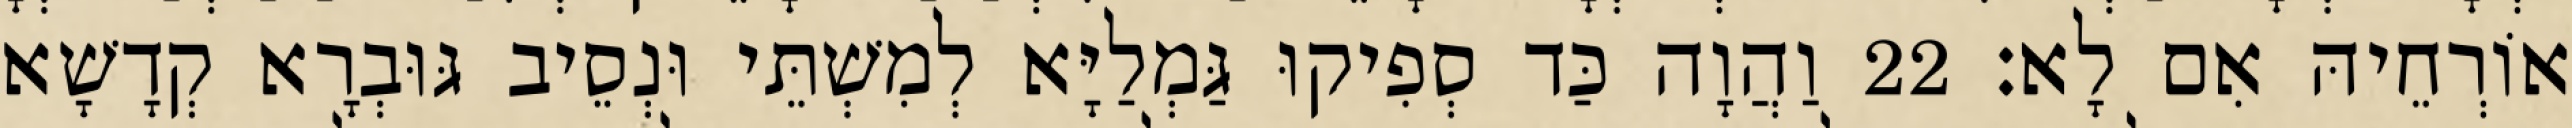
אוֹרְחֵיהּ אִם לָא׃ 22 וַהֲוָה כַּד סְפִיקוּ גַּמְלַיָּא לְמִשְׁתֵּי וּנְסֵיב גּוּבְרָא קְדָשָׁא